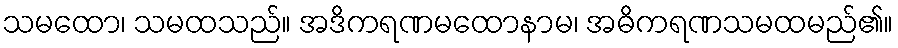
သမထော၊ သမထသည်။ အဒိကရဏမထောနာမ၊ အဓိကရဏသမထမည်၏။